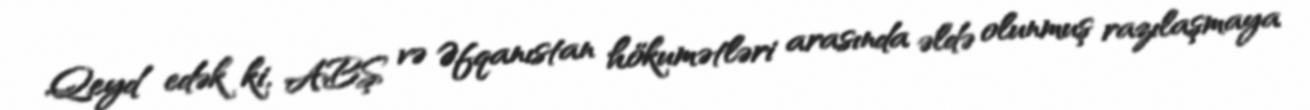
Qeyd edək ki, ABŞ və Əfqanıstan hökumətləri arasında əldə olunmuş razılaşmaya